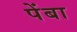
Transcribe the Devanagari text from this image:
पेंबा